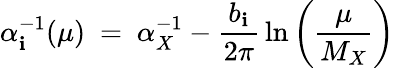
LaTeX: \alpha_{\mathbf{i}}^{-1}(\mu)\ =\ \alpha_{X}^{-1}-{\frac{{b_{\mathbf{i}}}}{{2\pi}}}\ln\left({\frac{{\mu}}{{M_{X}}}}\right)